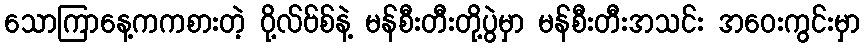
သောကြာနေ့ကကစားတဲ့ ဝို့လ်ဗ်စ်နဲ့ မန်စီးတီးတို့ပွဲမှာ မန်စီးတီးအသင်း အဝေးကွင်းမှာ